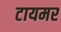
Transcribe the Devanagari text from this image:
टायमर